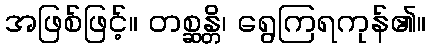
အဖြစ်ဖြင့်။ တစ္ဆန္တိ၊ ရွေကြရကုန်၏။